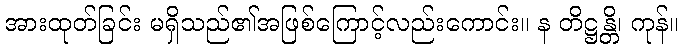
အားထုတ်ခြင်း မရှိသည်၏အဖြစ်ကြောင့်လည်းကောင်း။ န တိဋ္ဌန္တိ၊ ကုန်။